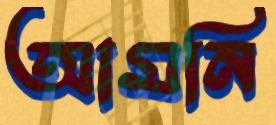
আমনি